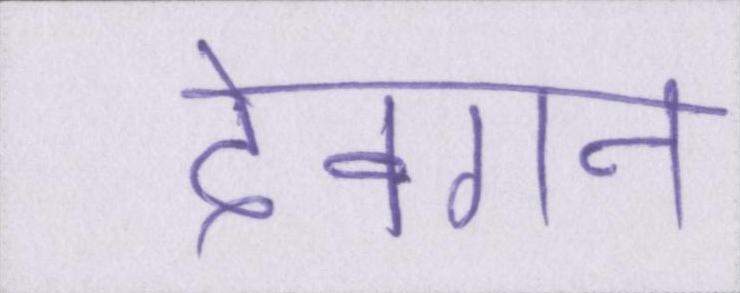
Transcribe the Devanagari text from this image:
देवगन